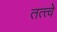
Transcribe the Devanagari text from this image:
तत्‍त्‍वे